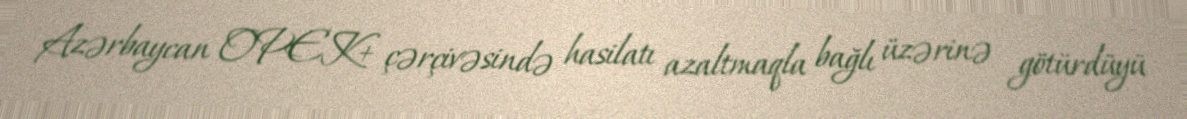
Azərbaycan OPEK+ çərçivəsində hasilatı azaltmaqla bağlı üzərinə götürdüyü